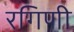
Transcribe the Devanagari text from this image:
रगिणी